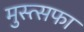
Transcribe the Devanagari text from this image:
मुस्त्सफा